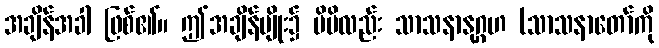
အချိန်အခါ ဖြစ်၏။ ဤအချိန်မျိုး၌ မိမိလည်း သာသနာနုဂ္ဂဟ (သာသနာတော်ကို